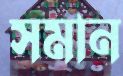
সমান